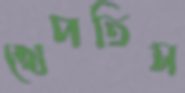
খেপতিস